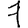
Digit: 7